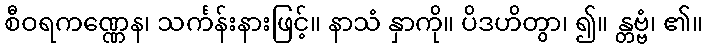
စီဝရကဏ္ဏေန၊ သင်္ကန်းနားဖြင့်။ နာသံ နှာကို။ ပိဒဟိတွာ၊ ၍။ န္တဗ္ဗံ၊ ၏။